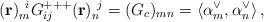
\begin{align*} ({\bf r})_m^{~i}G^{+++}_{ij}({\bf r})_n^{~j} =(G_c)_{mn}=\langle\alpha_m^\vee,\alpha_n^\vee\rangle\, ,\end{align*}